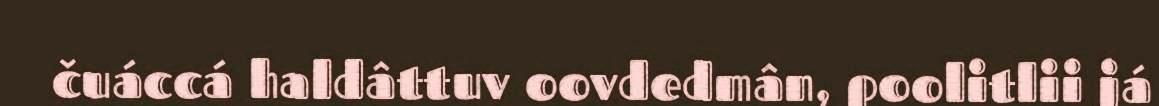
čuáccá haldâttuv oovdedmân, poolitlii já